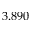
3 . 8 9 0